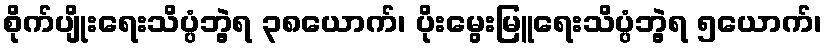
စိုက်ပျိုးရေးသိပ္ပံဘွဲ့ရ ၃၈ယောက်၊ ပိုးမွေးမြူရေးသိပ္ပံဘွဲ့ရ ၅ယောက်၊